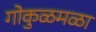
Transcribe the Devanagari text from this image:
गोकुळमळा